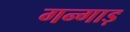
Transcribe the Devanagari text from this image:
गन्गाड़